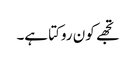
تجھے کون روکتا ہے۔